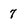
Character: 7